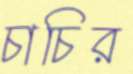
চাচির